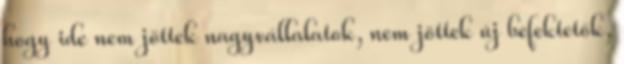
hogy ide nem jöttek nagyvállalatok, nem jöttek új befektetők,